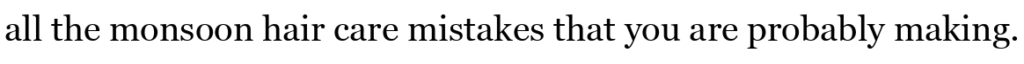
all the monsoon hair care mistakes that you are probably making.